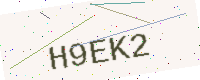
Text: H9EK2